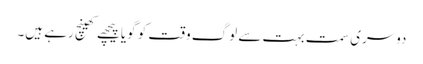
دوسری سمت بہت سے لوگ وقت کو گویا پیچھے کھینچ رہے ہیں۔